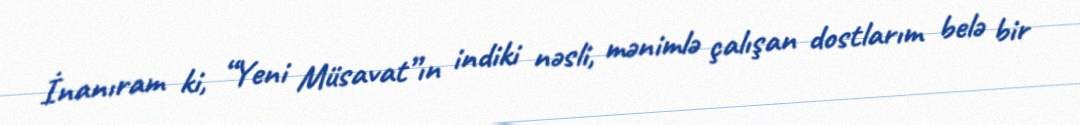
İnanıram ki, “Yeni Müsavat”ın indiki nəsli, mənimlə çalışan dostlarım belə bir